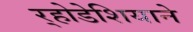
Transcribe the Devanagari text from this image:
र्‍होडेशियाने